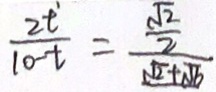
\frac { 2 t } { 1 0 - t } = \frac { \frac { \sqrt { 2 } } { 2 } } { \sqrt { 2 } + \sqrt { 6 } }